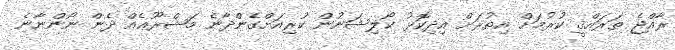
ރާއްޖެ ތަރައްޤީ ކުރުމަށް އިތުރަށް އިދިކޮޅު ކޯލިޝަނުން ކުރިއަށްގެންދާނެ މަޝްރޫޢެއް ދެން ނޯންނާނެ